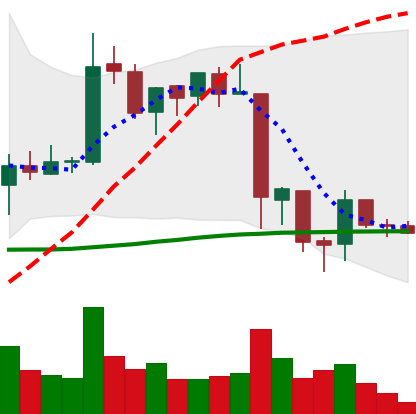
Ticker: EOS-USD
Chart end date: 2018-06-17
Forward return: -17.103%
Label: down_7plus